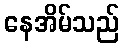
နေအိမ်သည်